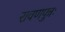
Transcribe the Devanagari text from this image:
रावणपुत्रः